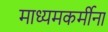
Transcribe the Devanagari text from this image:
माध्यमकर्मीना